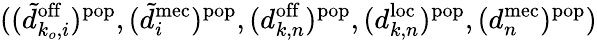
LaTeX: ((\tilde{d}_{k_{o},i}^{\mathrm{off}})^{\mathrm{pop}},(\tilde{d}_{i}^{\mathrm{mec}})^{\mathrm{pop}},(d_{k,n}^{\mathrm{off}})^{\mathrm{pop}},(d_{k,n}^{\mathrm{loc}})^{\mathrm{pop}},(d_{n}^{\mathrm{mec}})^{\mathrm{pop}})